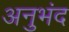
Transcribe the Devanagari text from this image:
अनुभंद